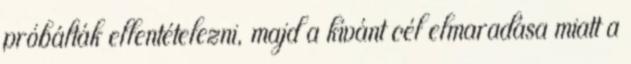
próbálták ellentételezni, majd a kívánt cél elmaradása miatt a